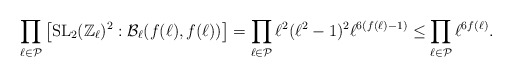
\begin{align*}\prod_{\ell \in \mathcal{P}} \left[ \operatorname{SL}_2(\mathbb{Z}_\ell)^2 : \mathcal{B}_\ell(f(\ell),f(\ell)) \right] = \prod_{\ell \in \mathcal{P}} \ell^2(\ell^2-1)^2 \ell^{6(f(\ell)-1)} \leq \prod_{\ell \in \mathcal{P}} \ell^{6f(\ell)}.\end{align*}